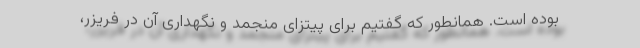
بوده است. همانطور که گفتیم برای پیتزای منجمد و نگهداری آن در فریزر،